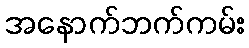
အနောက်ဘက်ကမ်း